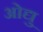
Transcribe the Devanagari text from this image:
ओद्यु